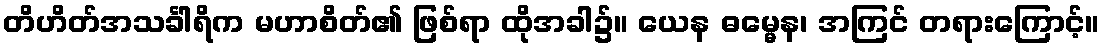
တိဟိတ်အသင်္ခါရိက မဟာစိတ်၏ ဖြစ်ရာ ထိုအခါ၌။ ယေန ဓမ္မေန၊ အကြင် တရားကြောင့်။